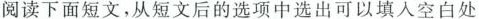
阅读下面短文,从短文后的选项中选出可以填入空白处